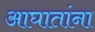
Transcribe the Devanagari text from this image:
आघातांना